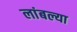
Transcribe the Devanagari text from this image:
लांबल्या